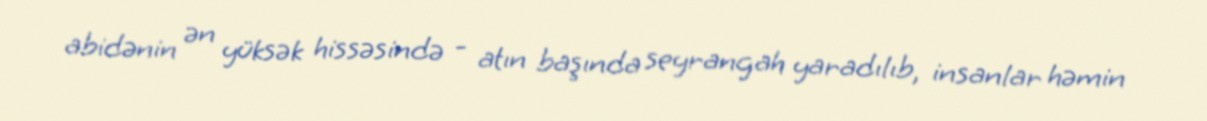
abidənin ən yüksək hissəsində - atın başında seyrangah yaradılıb, insanlar həmin